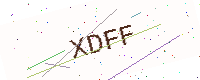
Text: XDFF